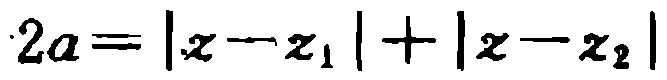
\(2a = |z - z_1| + |z - z_2|\)